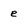
Character: e